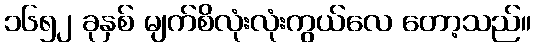
၁၆၅၂ ခုနှစ် မျက်စိလုံးလုံးကွယ်လေ တော့သည်။